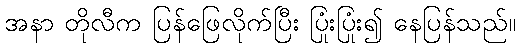
အနာ တိုလီက ပြန်ဖြေလိုက်ပြီး ပြုံးပြုံး၍ နေပြန်သည်။